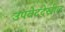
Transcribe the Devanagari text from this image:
उपवेददेखील